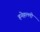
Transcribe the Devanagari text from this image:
हनेहल्ली